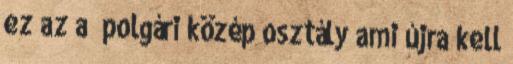
ez az a „polgári közép osztály ami újra kell